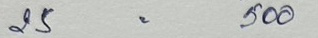
25 = 500